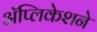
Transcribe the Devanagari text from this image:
अॅप्लिकेशने